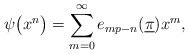
LaTeX: \begin{align*}\psi \big(x^n\big) = \sum_{m=0}^\infty e_{mp-n}(\underline \pi) x^m,\end{align*}